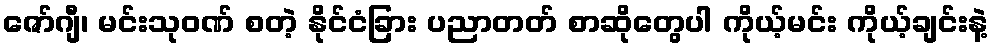
ဇော်ဂျီ၊ မင်းသုဝဏ် စတဲ့ နိုင်ငံခြား ပညာတတ် စာဆိုတွေပါ ကိုယ့်မင်း ကိုယ့်ချင်းနဲ့